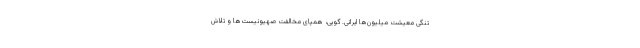
تنگی معیشت میلیون‌ها ایرانی. گویی، همپای مخالفت صهیونیست‌ها و تلاش